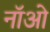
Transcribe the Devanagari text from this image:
नॉओ